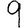
Digit: 9